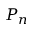
P _ { n }